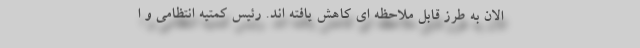
الان به طرز قابل ملاحظه ای کاهش یافته اند. رئیس کمتیه انتظامی و ا